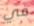
في